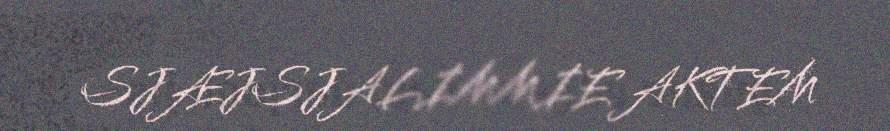
SJÆJSJALIMMIE AKTEM